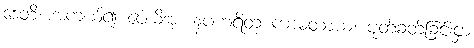
ဒေတိ၊ အကယ်၍ ပေးမိအံ့။ နပဟရိတု ကာမတာယ၊ ပုတ်ခတ်ခြင်းငှာ